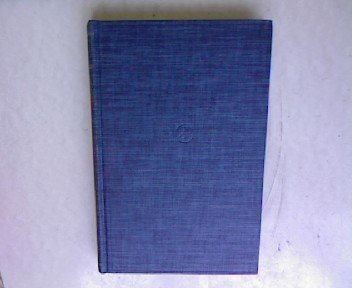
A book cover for The Alkaloids: Chemistry and Physiology (Volume IV); R.H.F.; Holmes, H.L. (editors) Manske; Science & Math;